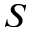
{ \cal S }